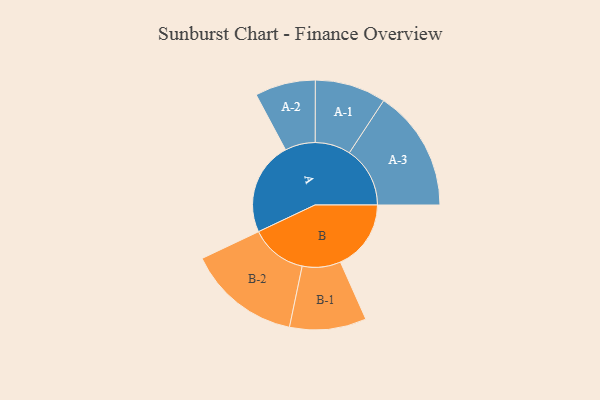
{"axis": {"x": "Segment", "y": "Value"}, "legend": ["", "A", "B"], "data": [{"x": "A", "y": 460, "type": ""}, {"x": "B", "y": 348, "type": ""}, {"x": "A-1", "y": 175, "type": "A"}, {"x": "A-2", "y": 149, "type": "A"}, {"x": "A-3", "y": 299, "type": "A"}, {"x": "B-1", "y": 189, "type": "B"}, {"x": "B-2", "y": 279, "type": "B"}]}